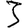
Digit: 3